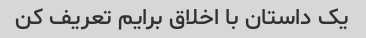
یک داستان با اخلاق برایم تعریف کن